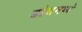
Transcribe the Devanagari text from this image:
डोसमध्ये